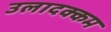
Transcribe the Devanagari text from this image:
उलादक्कम